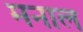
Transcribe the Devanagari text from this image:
मनाल